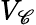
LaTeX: V_{\mathscr{C}}